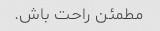
مطمئن راحت باش.